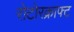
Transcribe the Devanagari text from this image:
रोटोरक्राफ्ट